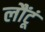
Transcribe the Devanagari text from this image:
लौंटूं